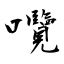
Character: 囕